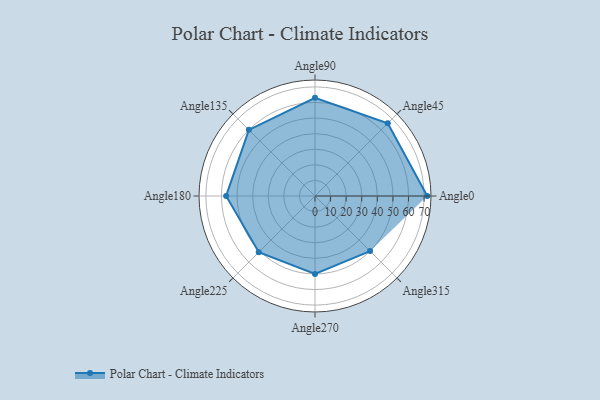
{"axis": {"x": "Angle", "y": "Radius"}, "legend": [""], "data": [{"x": "Angle0", "y": 72.0, "type": ""}, {"x": "Angle45", "y": 66.0, "type": ""}, {"x": "Angle90", "y": 63.0, "type": ""}, {"x": "Angle135", "y": 60.0, "type": ""}, {"x": "Angle180", "y": 57.0, "type": ""}, {"x": "Angle225", "y": 51.0, "type": ""}, {"x": "Angle270", "y": 50, "type": ""}, {"x": "Angle315", "y": 50, "type": ""}]}